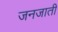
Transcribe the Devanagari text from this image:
जनजातीं